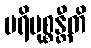
ပရိမုစ္စန္တီတိ